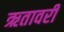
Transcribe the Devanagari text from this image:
ऋतावरी